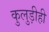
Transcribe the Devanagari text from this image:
कुलुड़ीही